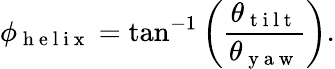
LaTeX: \phi_{\mathrm{~h~e~l~i~x~}}=\tan^{-1}\left(\frac{\theta_{\mathrm{~t~i~l~t~}}}{\theta_{\mathrm{~y~a~w~}}}\right).